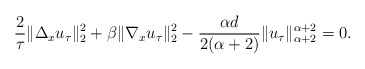
\begin{align*}\frac{2}{\tau}\|\Delta_x u_\tau\|_2^2 + \beta\|\nabla_x u_\tau\|_2^2 -\frac{\alpha d}{2(\alpha+2)}\|u_\tau\|_{\alpha+2}^{\alpha+2}=0.\end{align*}